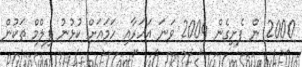
2000 ން ފެށިގެން 2004 ވަނަ އަހަރާއި ހަމައަށް ކުޅުނު ފިލްމް ތަކުން